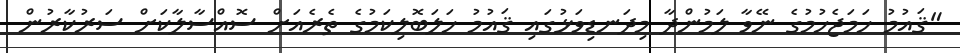
"ޤައުމު ހަމަޖެހުމުގެ ނޭވާ ލަމުންދާ މިދަނޑިވަޅުގައި ޤައުމު ހަލަބޮލިކަމުގެ ތެރެއަށް ސޮއްސާލާކަށް ސަރުކާރުން